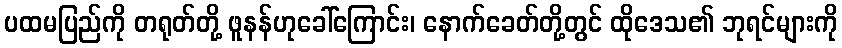
ပထမပြည်ကို တရုတ်တို့ ဖူနန်ဟုခေါ်ကြောင်း၊ နောက်ခေတ်တို့တွင် ထိုဒေသ၏ ဘုရင်များကို